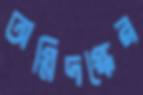
অগ্নিদগ্ধের